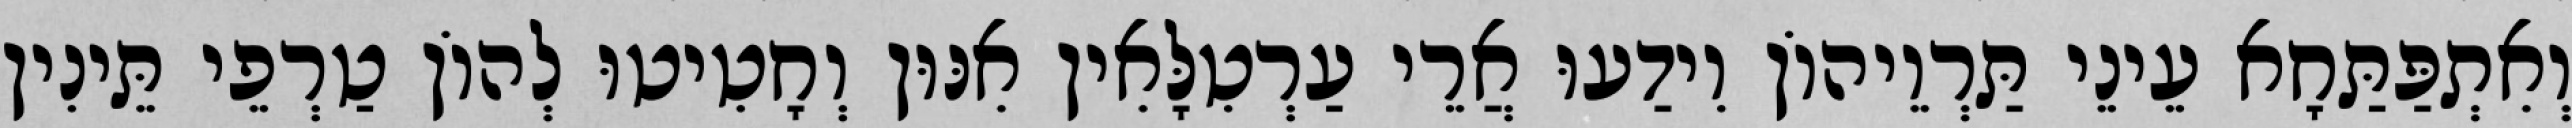
וְאִתְפַּתַּחָא עֵינֵי תַּרְוֵיהוֹן וִידַעוּ אֲרֵי עַרְטִלָּאִין אִנּוּן וְחָטִיטוּ לְהוֹן טַרְפֵי תֵּינִין